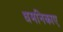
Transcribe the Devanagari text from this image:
धमनिकाए